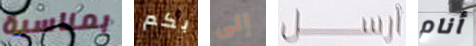
بمناسبة بكم إلى ارسل أنام